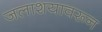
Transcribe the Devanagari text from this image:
जलाशयावरून